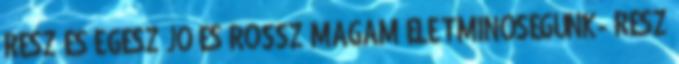
RÉSZ ÉS EGÉSZ JÓ ÉS ROSSZ MAGAM ÉLETMINŐSÉGÜNK- RÉSZ